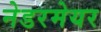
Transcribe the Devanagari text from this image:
नेडरमेयर